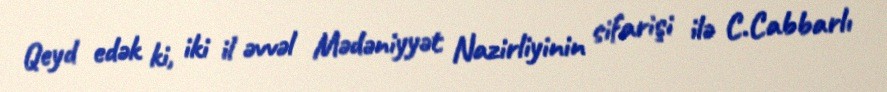
Qeyd edək ki, iki il əvvəl Mədəniyyət Nazirliyinin sifarişi ilə C.Cabbarlı